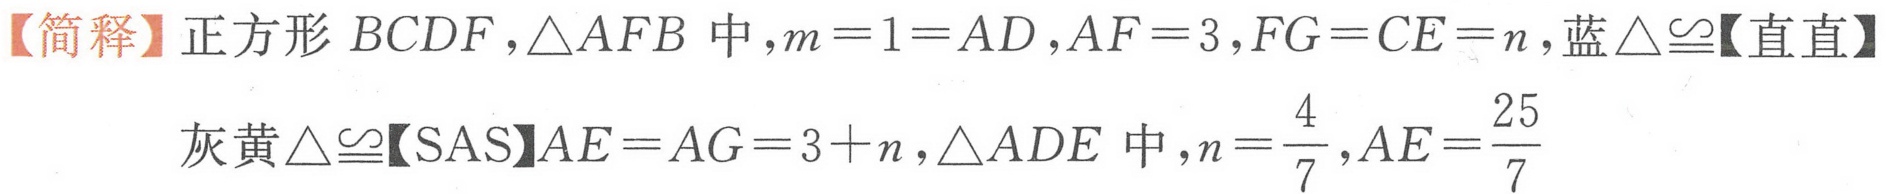
【简释】正方形\(BCDF\)，\(\triangle AFB\)中，\(m = 1=AD\)，\(AF = 3\)，\(FG = CE = n\)，蓝\(\triangle\cong\)【直直】
灰黄\(\triangle\cong\)【SAS】\(AE = AG = 3 + n\)，\(\triangle ADE\)中，\(n=\frac{4}{7}\)，\(AE=\frac{25}{7}\)